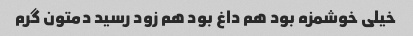
خیلی خوشمزه بود هم داغ بود هم زود رسید دمتون گرم